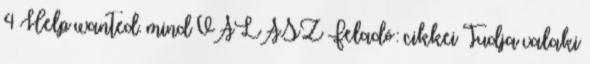
4 Help wanted. mind VÁLASZ Feladó: cikkei Tudja valaki